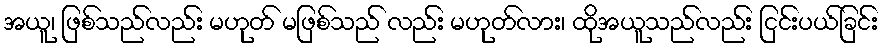
အယူ၊ ဖြစ်သည်လည်း မဟုတ် မဖြစ်သည် လည်း မဟုတ်လား၊ ထိုအယူသည်လည်း ငြင်းပယ်ခြင်း